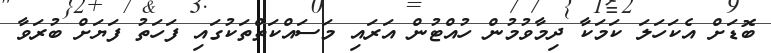
ބޮޑަށް އެކަހަލަ ކަމަކާ ދިމާވުުމުން ހުއްޓުން އަރައި މަސައްކަތްތަކުގައި ފަހަތު ފަޔަށް ބުރަވާ